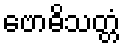
ဗောဓိသတ္တံ